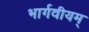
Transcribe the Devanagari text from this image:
भार्गवीयम्